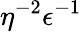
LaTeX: \eta^{-2}\epsilon^{-1}